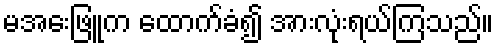
မအေးဖြူက ထောက်ခံ၍ အားလုံးရယ်ကြသည်။